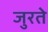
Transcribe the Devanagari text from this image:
जुरते